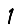
Digit: 1